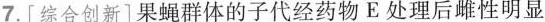
7.[综合创新]果蝇群体的子代经药物E处理后雌性明显